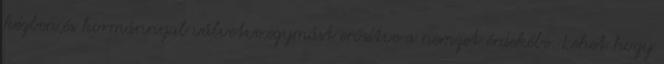
kézben,és kormánnyal válvetve,egymást erősítve a nemzet érdekébe. Lehet hogy